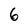
Character: 6